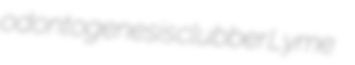
odontogenesis clubber Lyme